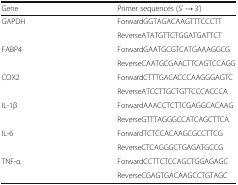
<table><thead><tr><td><b>Gene</b></td><td><b>Primer sequences (5’ → 3’)</b></td></tr></thead><tbody><tr><td rowspan="2">GAPDH</td><td>ForwardGGTAGACAAGTTTCCCTT</td></tr><tr><td>ReverseATATGTTCTGGATGATTCT</td></tr><tr><td rowspan="2">FABP4</td><td>ForwardGAATGCGTCATGAAAGGCG</td></tr><tr><td>ReverseCAATGCGAACTTCAGTCCAGG</td></tr><tr><td rowspan="2">COX2</td><td>ForwardCTTTGACACCCAAGGGAGTC</td></tr><tr><td>ReverseATCCTTGCTGTTCCCACCCA</td></tr><tr><td rowspan="2">IL-1β</td><td>ForwardAAACCTCTTCGAGGCACAAG</td></tr><tr><td>ReverseGTTTAGGGCCATCAGCTTCA</td></tr><tr><td rowspan="2">IL-6</td><td>ForwardTCTCCACAAGCGCCTTCG</td></tr><tr><td>ReverseCTCAGGGCTGAGATGCCG</td></tr><tr><td rowspan="2">TNF-α</td><td>ForwardCCTTCTCCAGCTGGAGAGC</td></tr><tr><td>ReverseCGAGTGACAAGCCTGTAGC</td></tr></tbody></table>